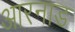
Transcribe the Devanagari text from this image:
आरनाड